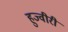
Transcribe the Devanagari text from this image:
हुज्वीरी